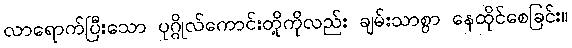
လာရောက်ပြီးသော ပုဂ္ဂိုလ်ကောင်းတို့ကိုလည်း ချမ်းသာစွာ နေထိုင်စေခြင်း။